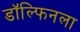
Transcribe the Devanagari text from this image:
डॉल्फिनला